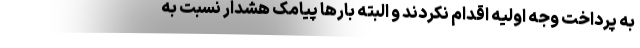
به پرداخت وجه اولیه اقدام نکردند و البته بارها پیامک هشدار نسبت به